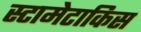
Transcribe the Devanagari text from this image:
स्टामेटाकिस